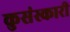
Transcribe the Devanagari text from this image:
कुसंस्कारी